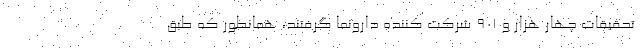
تحقیقات چهار هزار و ۹۰۱ شرکت کننده دارونما گرفتند، همانطور که طبق